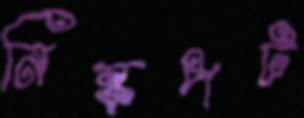
নিষ্কপট